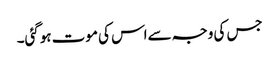
جس کی وجہ سےاس کی موت ہوگئی۔